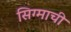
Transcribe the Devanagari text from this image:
सिग्माची